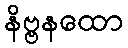
နိဗ္ဗနထော